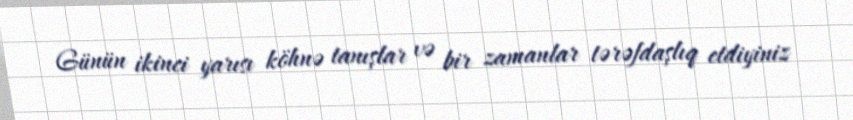
Günün ikinci yarısı köhnə tanışlar və bir zamanlar tərəfdaşlıq etdiyiniz